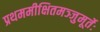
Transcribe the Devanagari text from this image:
प्रथममीक्षितमञ्जुमूर्तेः